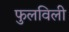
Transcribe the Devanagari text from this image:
फुलविली